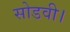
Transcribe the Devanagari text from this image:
सोडवी।